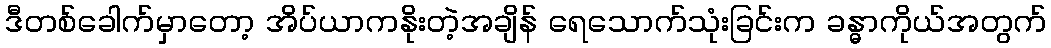
ဒီတစ်ခေါက်မှာတော့ အိပ်ယာကနိုးတဲ့အချိန် ရေသောက်သုံးခြင်းက ခန္ဓာကိုယ်အတွက်